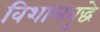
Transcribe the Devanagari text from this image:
विशालबुद्धे